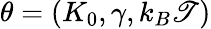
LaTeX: \theta=(K_{0},\gamma,k_{B}\mathscr{T})